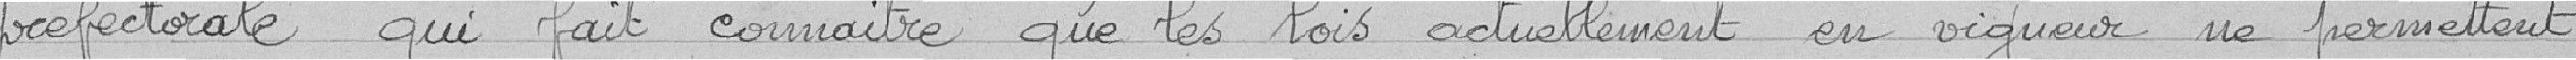
préfectorale qui fait connaître que les lois actuellement en vigueur ne permettent